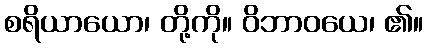
စရိယာယော၊ တို့ကို။ ဝိဘာဝယေ၊ ၏။